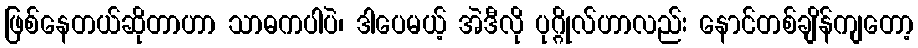
ဖြစ်နေတယ်ဆိုတာဟာ သာဓကပါပဲ၊ ဒါပေမယ့် အဲဒီလို ပုဂ္ဂိုလ်ဟာလည်း နောင်တစ်ချိန်ကျတော့